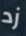
زد